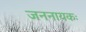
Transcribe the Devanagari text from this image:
जननायकः